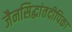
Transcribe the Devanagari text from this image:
जैनसिद्धांतदीपिका